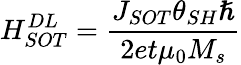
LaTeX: H_{SOT}^{DL}=\frac{J_{SOT}{\theta}_{SH}\hslash}{2et{\mu}_{0}M_{s}}